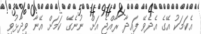
އެކަމަކު އޭގެ އެދެވޭ ފައިދާ ރާއްޖެ އަށް ނުނެގޭ ކަމަށް އޭނާ ވިދާޅުވި